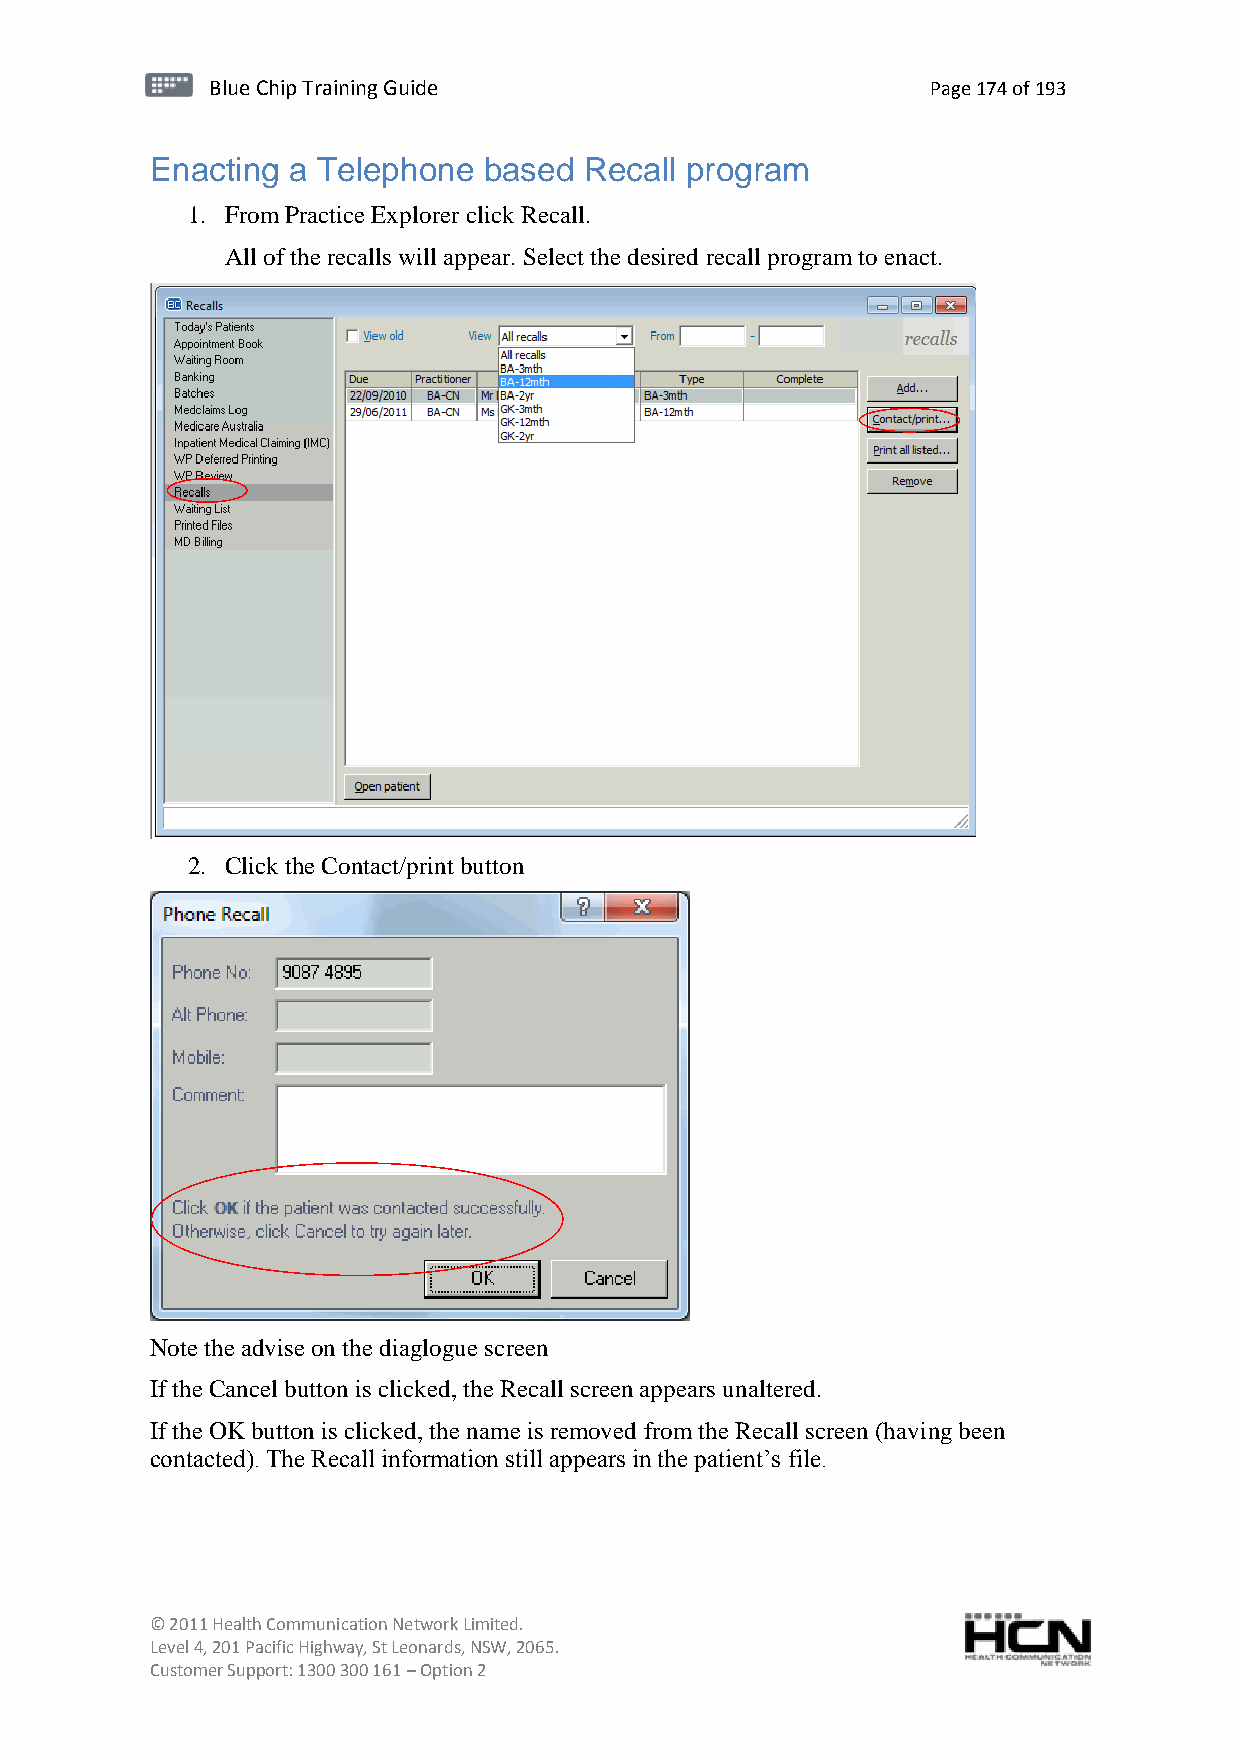
BBlluuee C Chihpi pTr Tairnainingi Gnugi dGeu ide Page 174 of 193
 Enacting a Telephone  based  Recall program
 1. From Practice Explorer click Recall.
 All of the recalls will appear. Select the desired recall program to enact.
 2. Click the Contact/print button
 Note the advise on the diaglogue screen
 If the Cancel button is clicked, the Recall screen appears unaltered.
 If the OK button is clicked, the name is removed from the Recall screen (having been
 contacted). The Recall information still appears in the patient’s file.
 © 2011 Health Communication Network Limited.
 Level 4, 201 Pacific Highway, St Leonards, NSW, 2065.
 Customer Support: 1300 300 161 – Option 2